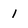
Character: I